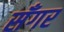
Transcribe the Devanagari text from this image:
सॅंगर